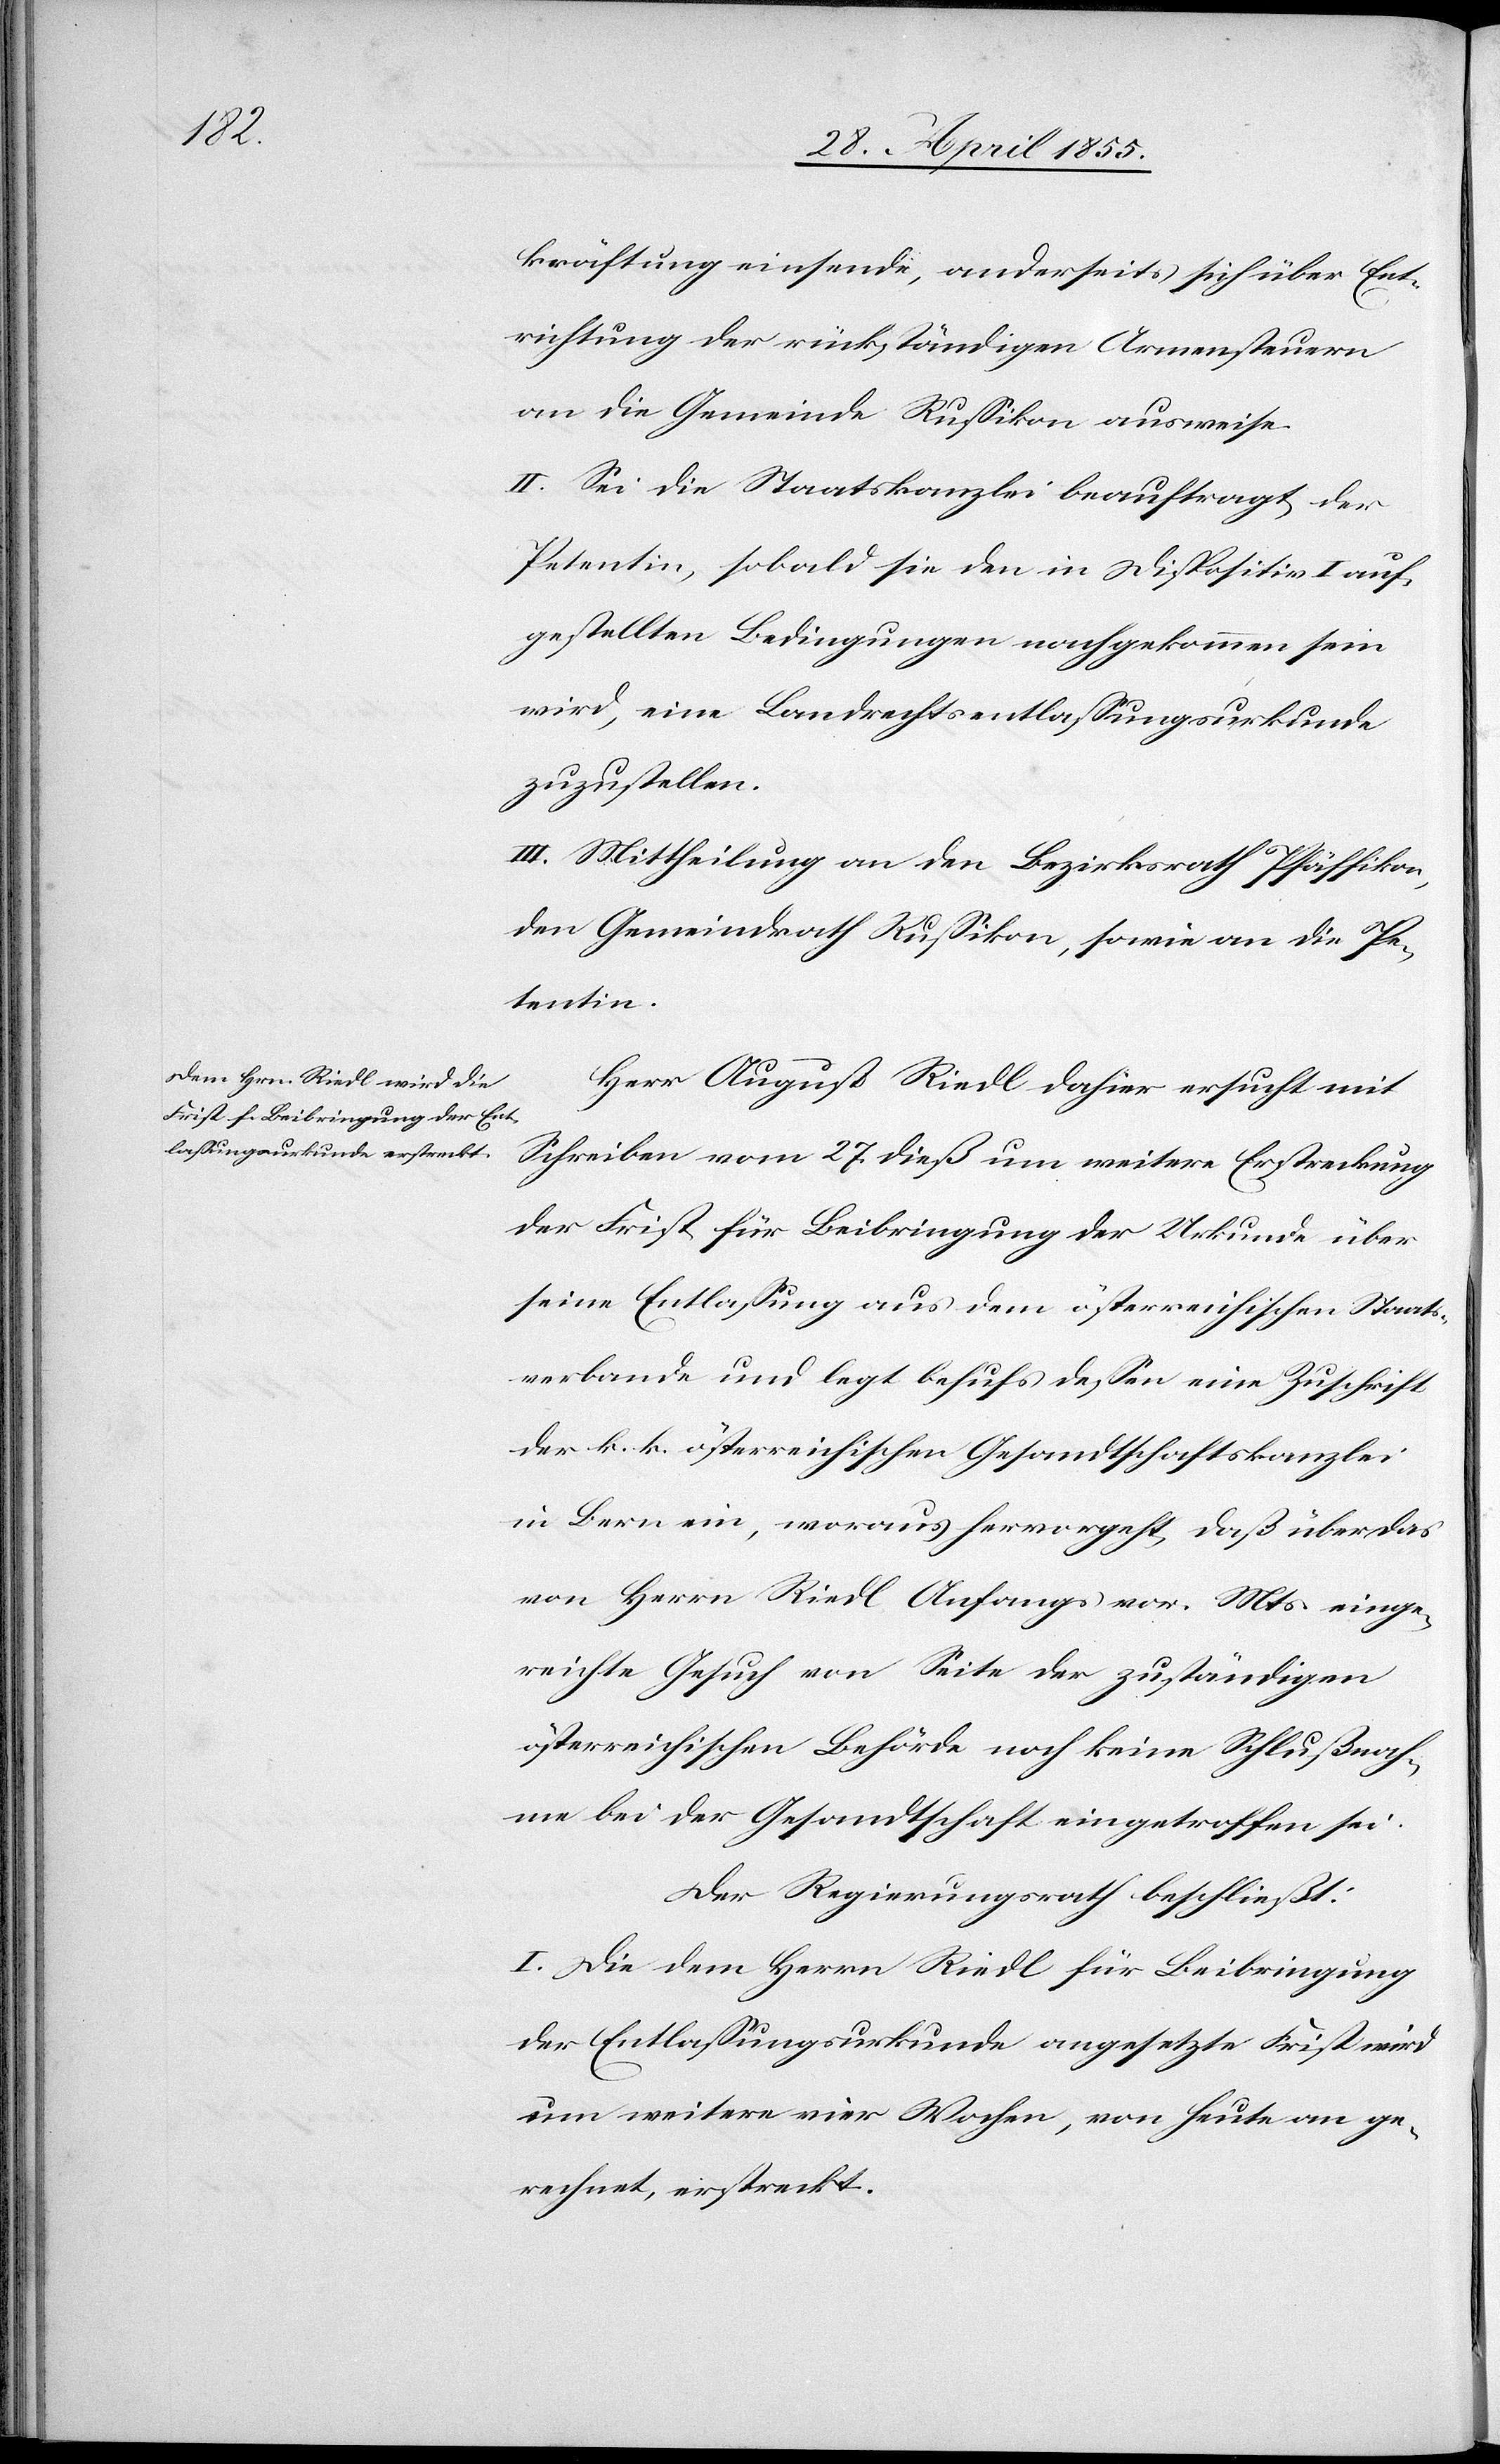
kräftung einsende, anderseits sich über Ent¬
richtung der rückständigen Armensteuern
an die Gemeinde Russikon ausweise.
II. Sei die Staatskanzlei beauftragt, der
Petentin, sobald sie den in Dispositiv I auf¬
gestellten Bedingungen nachgekommen sein
wird, eine Landrechtsentlassungsurkunde
zuzustellen.
III. Mittheilung an den Bezirksrath Pfäffikon,
den Gemeindrath Russikon, sowie an die Pe¬
tentin.
Herr August Riedl dahier ersucht mit
Schreiben vom 27. dieß um weitere Erstreckung
der Frist für Beibringung der Urkunde über
seine Entlassung aus dem österreichischen Staats¬
verbande und legt behufs dessen eine Zuschrift
der k. k. österreichischen Gesandtschaftskanzlei
in Bern ein, woraus hervorgeht, daß über das
von Herrn Riedl Anfangs vor. Mts. einge¬
reichte Gesuch von Seite der zuständigen
österreichischen Behörde noch keine Schlußnah¬
me bei der Gesandtschaft eingetroffen sei.
Der Regierungsrath beschließt:
I. Die dem Herrn Riedl für Beibringung
der Entlassungsurkunde angesetzte Frist wird
um weitere vier Wochen, von heute an ge¬
rechnet, erstreckt.